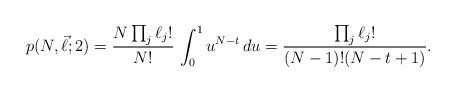
LaTeX: \begin{align*}p(N,\vec\ell;2)=\frac{N\prod_j\ell_j!}{N!}\,\int_0^1u^{N-t}\,du=\frac{\prod_j\ell_j!}{(N-1)!(N-t+1)}.\end{align*}